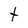
Character: t